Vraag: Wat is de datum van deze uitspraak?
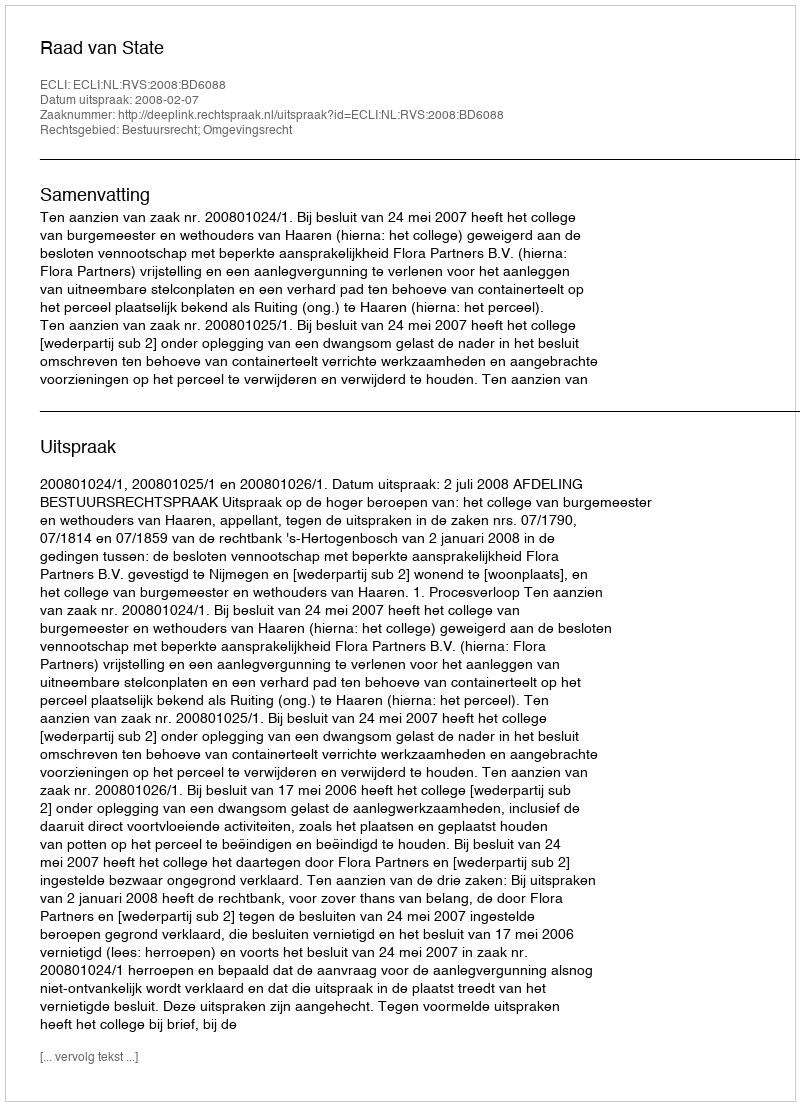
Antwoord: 2008-02-07